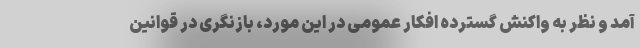
آمد و نظر به واکنش گسترده افکار عمومی در این مورد، بازنگری در قوانین